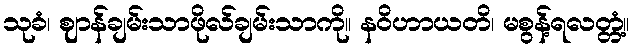
သုခံ၊ ဈာန်ချမ်းသာဖိုလ်ချမ်းသာကို။ နဝိဟာယတိ၊ မစွန့်ရလတ္တံ့။